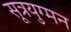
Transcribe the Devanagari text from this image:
सूत्रयुग्मन